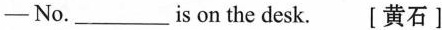
—No.___is on the desk. \left[ 黄石 \right ]